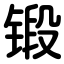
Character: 锻